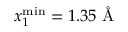
x _ { 1 } ^ { \mathrm { m i n } } = 1 . 3 5 \mathrm { ~ \AA ~ }